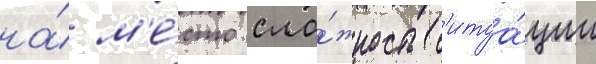
на́ м'е́сто сло́жность с'итуа́ции